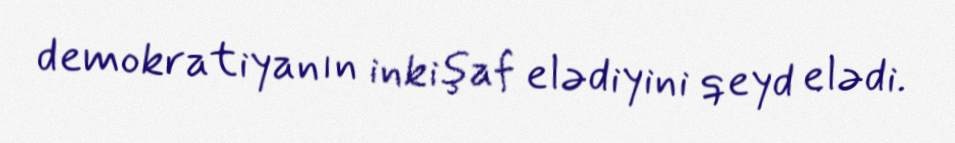
demokratiyanın inkişaf elədiyini qeyd elədi.